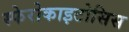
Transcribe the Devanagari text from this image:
स्फेरोकाइटोसिस